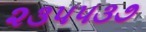
૨૩૫૫૩૭